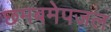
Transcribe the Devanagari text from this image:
छमबमेपजल